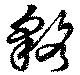
貉